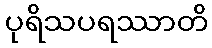
ပုရိသပရဿာတိ